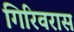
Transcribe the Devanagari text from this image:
गिरिवरास